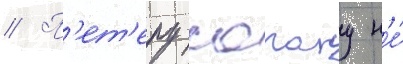
// П'ет'еру сагану н'е́